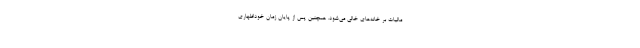
مالیات بر خانه‌های خالی می‌شود. همچنین پس از پایان زمان خوداظهاری